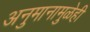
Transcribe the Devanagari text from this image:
अनुमानामुळेही